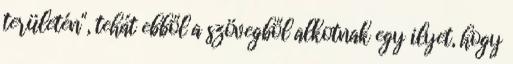
területén", tehát ebből a szövegből alkotnak egy ilyet, hogy